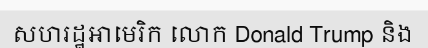
សហរដ្ឋអាមេរិក លោក Donald Trump និង